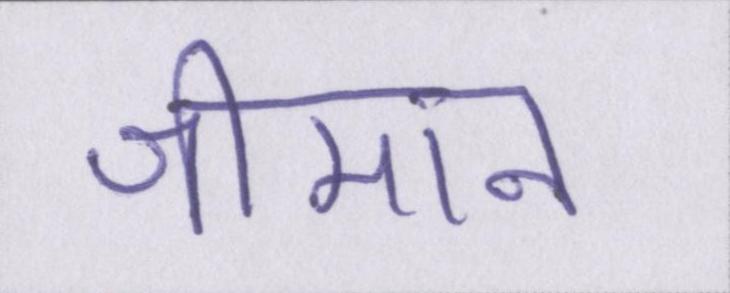
श्रीमान